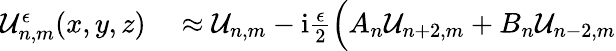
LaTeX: \begin{array}{rl}{\mathcal{U}_{n,m}^{\epsilon}(x,y,z)}&{{}\approx\mathcal{U}_{n,m}-\mathrm{i}\frac{\epsilon}{2}\Big(A_{n}\mathcal{U}_{n+2,m}+B_{n}\mathcal{U}_{n-2,m}}\end{array}